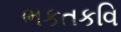
ભકતકવિ